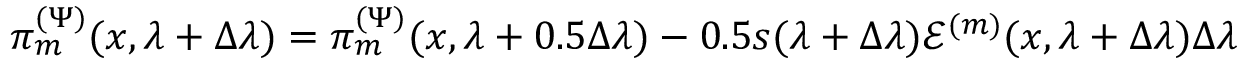
\pi _ { m } ^ { ( \Psi ) } ( x , \lambda + \Delta \lambda ) = \pi _ { m } ^ { ( \Psi ) } ( x , \lambda + 0 . 5 \Delta \lambda ) - 0 . 5 s ( \lambda + \Delta \lambda ) \mathcal { E } ^ { ( m ) } ( x , \lambda + \Delta \lambda ) \Delta \lambda